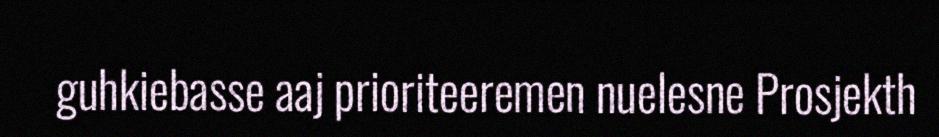
guhkiebasse aaj prioriteeremen nuelesne Prosjekth